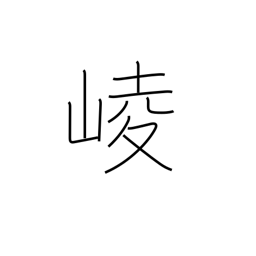
Meaning: mountains towering in a row